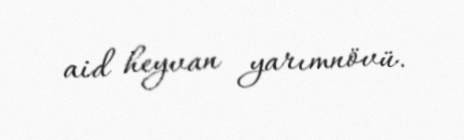
aid heyvan yarımnövü.